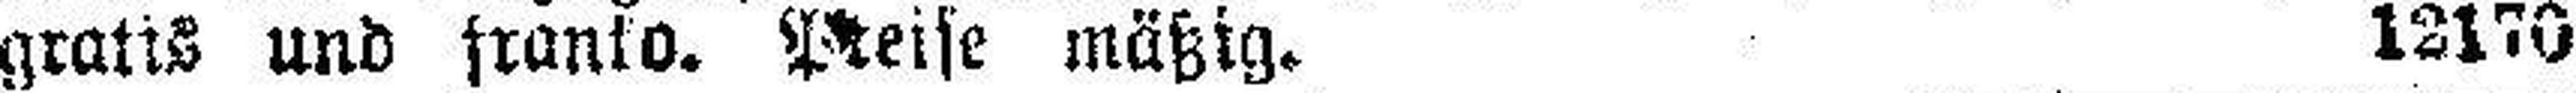
gratis und franko. Preise mäßig. 12170